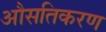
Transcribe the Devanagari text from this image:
औसतिकरण